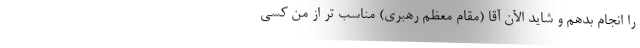
را انجام بدهم و شاید الآن آقا (مقام معظم رهبری) مناسب تر از من کسی